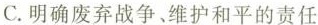
C. 明确废弃战争、维护和平的责任